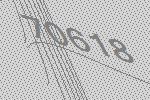
70618